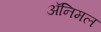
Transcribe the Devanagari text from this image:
ॲनिमल